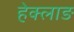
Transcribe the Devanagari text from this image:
हेक्लाङ